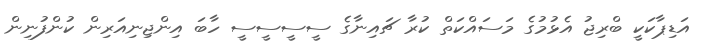
އަޑިޕާކަކީ ބްރިޖު އެޅުމުގެ މަސައްކަތް ކުރާ ޗައިނާގެ ސީސީސީސީ ހާބަ އިންޖިނިއަރިން ކުންފުނިން